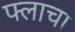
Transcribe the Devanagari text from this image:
फ्लाचा